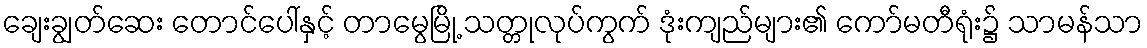
ချေးချွတ်ဆေး တောင်ပေါ်နှင့် တာမွေမြို့ သတ္တုလုပ်ကွက် ဒုံးကျည်များ၏ ကော်မတီရုံး၌ သာမန်သာ